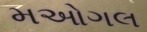
મઓગલ